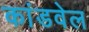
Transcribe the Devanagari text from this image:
कांडवेल